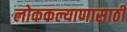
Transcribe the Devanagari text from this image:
लोककल्याणासाठी